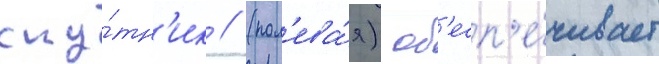
спу́тн'ик // (пол'ева́я) об'есп'е́чивает